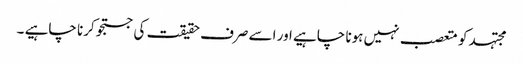
مجتہد کو متعصب نہیں ہونا چاہیے اور اسے صرف حقیقت کی جستجو کرنا چاہیے ۔